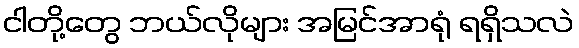
ငါတို့တွေ ဘယ်လိုများ အမြင်အာရုံ ရရှိသလဲ